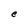
Character: e